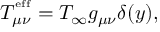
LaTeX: T _ { \mu \nu } ^ { ^ \mathrm { e f f } } = T _ { \infty } g _ { \mu \nu } \delta ( y ) ,